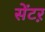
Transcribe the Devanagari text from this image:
सेंटऱ